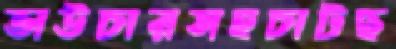
ভাউচারসহচাটছ